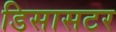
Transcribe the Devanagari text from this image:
डिसासटर